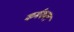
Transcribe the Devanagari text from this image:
कर्मकल